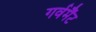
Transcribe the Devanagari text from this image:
गर्वमैंट